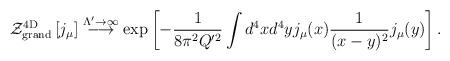
LaTeX: \begin{align*}{\cal Z}_{\rm grand}^{\rm 4D}\left[j_\mu\right]\stackrel{{\Lambda'\to\infty}}{\longrightarrow}\exp\left[-\frac{1}{8\pi^2Q'^2}\int d^4xd^4yj_\mu(x)\frac{1}{(x-y)^2}j_\mu(y)\right].\end{align*}